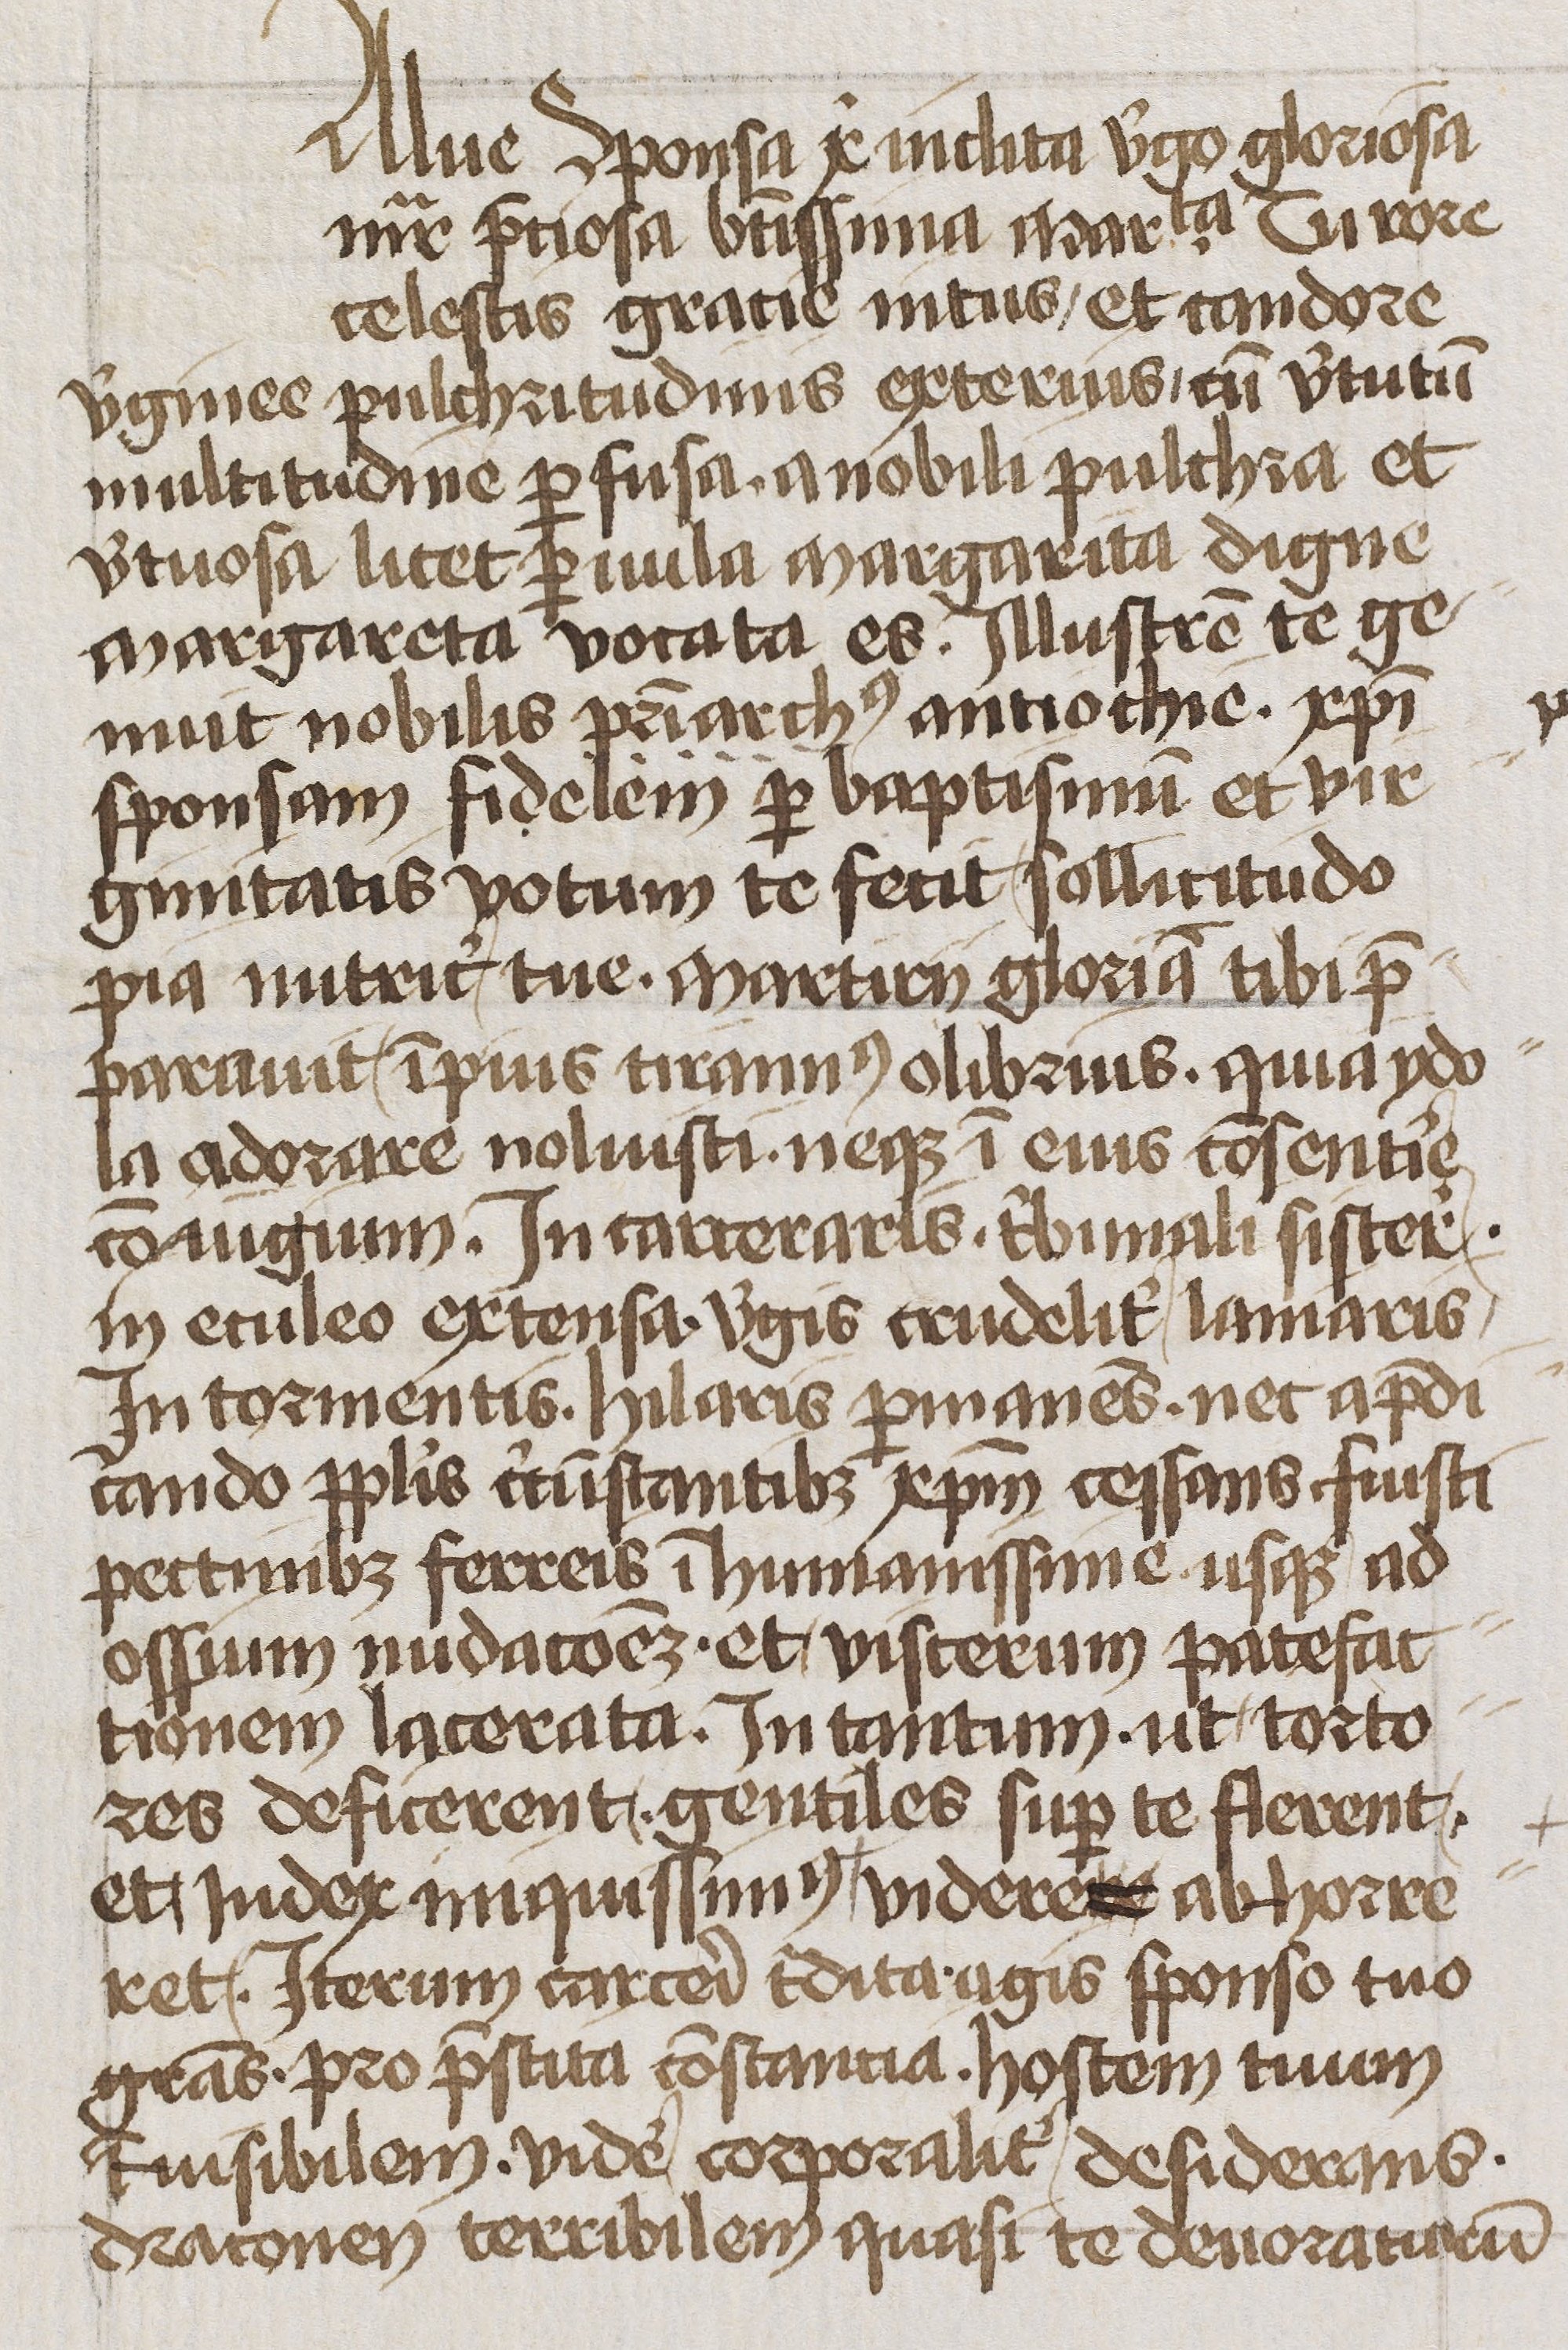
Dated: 1400–1449